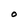
Character: O